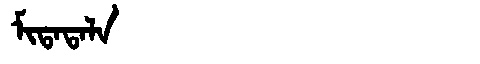
Manchu: ᠮᡳᡨᠠᡨᠠᠯᠠ
Romanization: MITATALA